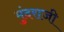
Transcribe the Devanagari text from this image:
मुंदराजी